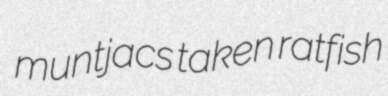
muntjacs taken ratfish